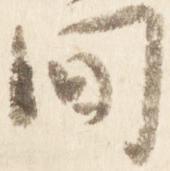
間